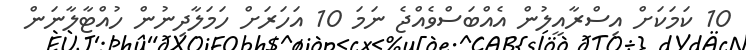
10 ކަމަކަށް އިސްރާއީލުން އެއްބަސްވެއްޖެ ނަމަ 10 އަހަރަށް ހަމަލާދިނުން ހުއްޓާލާނަން